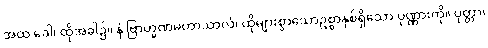
အထ ခေါ၊ ထိုအခါ၌။ နံ ဗြာဟ္မဏမဟာသာလံ၊ ထိုများစွာသောဥစ္စာနှစ်ရှိသော ပုဏ္ဏားကို။ ပုတ္တာ၊